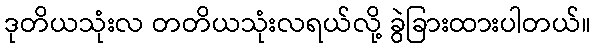
ဒုတိယသုံးလ တတိယသုံးလရယ်လို့ ခွဲခြားထားပါတယ်။